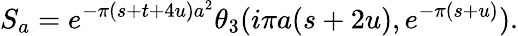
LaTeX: S_{a}=e^{-\pi(s+t+4u)a^{2}}\theta_{3}(i\pi a(s+2u),e^{-\pi(s+u)}).